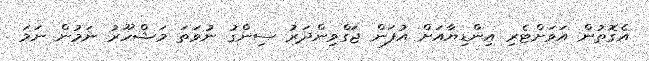
އެގޮތުން އަވަށްޓެރި އިންޑިޔާއަށް އުފަން ޖަގްވިންދަރު ސިންގު ނުވަތަ މަޝްހޫރު ނަމުން ނަމަ